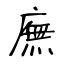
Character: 廡